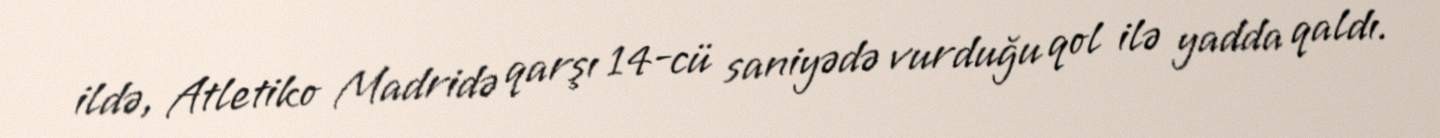
ildə, Atletiko Madridə qarşı 14-cü saniyədə vurduğu qol ilə yadda qaldı.